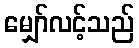
မျှော်လင့်သည်